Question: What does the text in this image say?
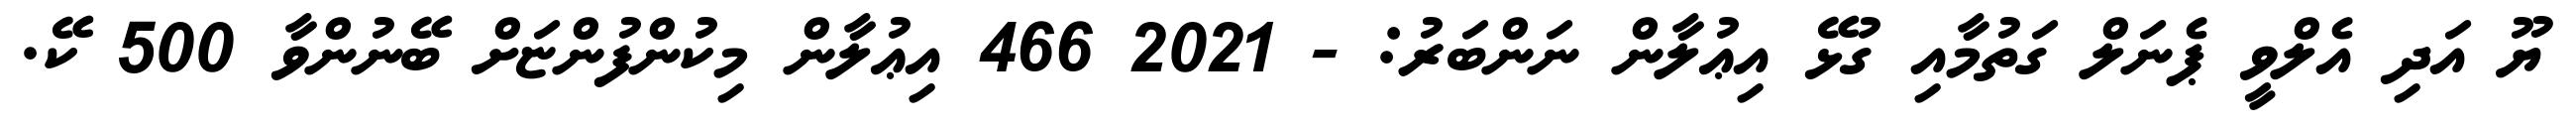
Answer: ޔޫ އަދި އެލްވީ ޕެނަލް ގަތުމާއި ގުޅޭ އިޢުލާން ނަންބަރު: - 2021 466 އިޢުލާން މިކުންފުންޏަށް ބޭނުންވާ 500 ކޭ.